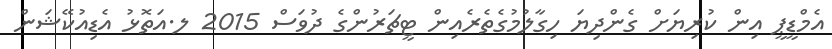
އެމްޑީޕީ އިން ކުރިޔަށް ގެންދިޔަ ހިގާލުމުގެތެރެއިން ޓީޗަރުންގެ ދުވަސް 2015 ލ.އަތޮޅު އެޑިއުކޭޝަން